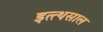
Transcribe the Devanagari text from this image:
इत्त्थसाल